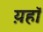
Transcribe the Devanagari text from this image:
य़हॉ